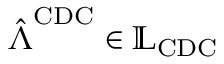
\hat { \boldsymbol { \Lambda } } ^ { \mathrm { C D C } } \in \mathbb { L } _ { \mathrm { C D C } }